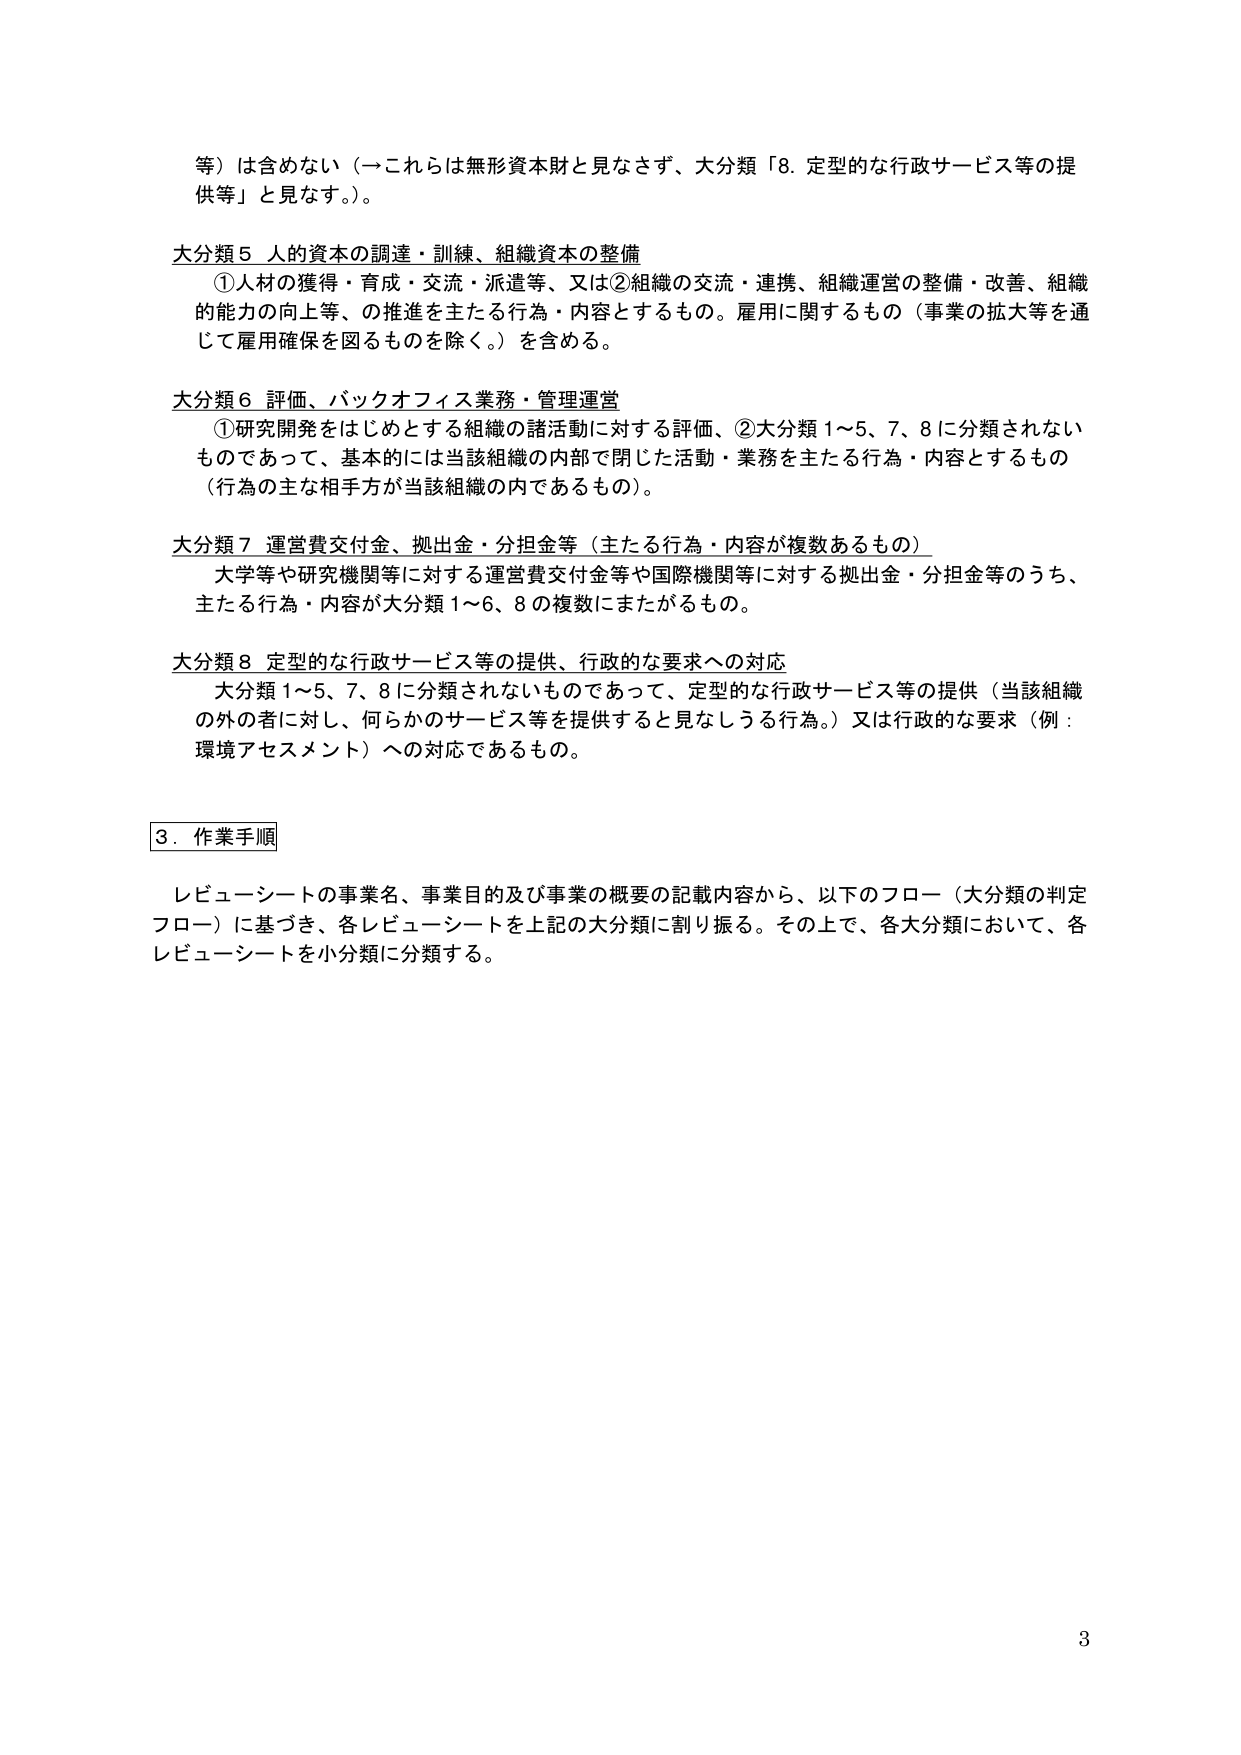
等）は含めない（→これらは無形資本財と見なさず、大分類「8. 定型的な行政サービス等の提供等」と見なす。）。

大分類5 人的資本の調達・訓練、組織資本の整備
①人材の獲得・育成・交流・派遣等、又は②組織の交流・連携、組織運営の整備・改善、組織的能力の向上等、の推進を主たる行為・内容とするもの。雇用に関するもの（事業の拡大等を通じて雇用確保を図るものを除く。）を含める。

大分類6 評価、バックオフィス業務・管理運営
①研究開発をはじめとする組織の諸活動に対する評価、②大分類1～5、7、8に分類されないものであって、基本的には当該組織の内部で閉じた活動・業務を主たる行為・内容とするもの（行為の主な相手方が当該組織の内であるもの）。

大分類7 運営費交付金、拠出金・分担金等（主たる行為・内容が複数あるもの）
大学等や研究機関等に対する運営費交付金等や国際機関等に対する拠出金・分担金等のうち、主たる行為・内容が大分類1～6、8の複数にまたがるもの。

大分類8 定型的な行政サービス等の提供、行政的な要求への対応
大分類1～5、7、8に分類されないものであって、定型的な行政サービス等の提供（当該組織の外の者に対し、何らかのサービス等を提供すると見なしうる行為。）又は行政的な要求（例：環境アセスメント）への対応であるもの。

3. 作業手順
レビューーシートの事業名、事業目的及び事業の概要の記載内容から、以下のフロー（大分類の判定フロー）に基づき、各レビューーシートを上記の大分類に割り振る。その上で、各大分類において、各レビューーシートを小分類に分類する。

3